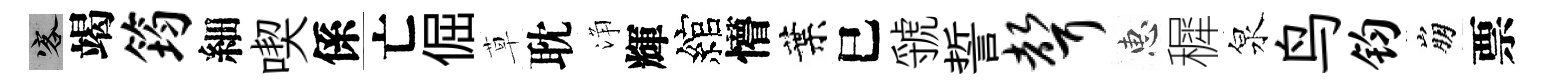
客竭筠細喫係亡倔草耽浄輝綰懵葉巳虢誓声惠穉泉鸟钧崩票